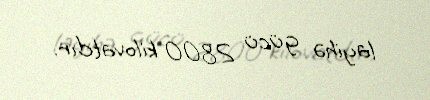
layihə gücü 2800 kilovatdır.